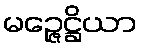
မဉ္ဇေဋ္ဌိယာ